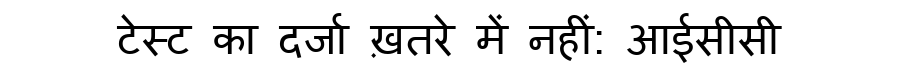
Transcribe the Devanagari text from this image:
टेस्ट का दर्जा ख़तरे में नहीं: आईसीसी